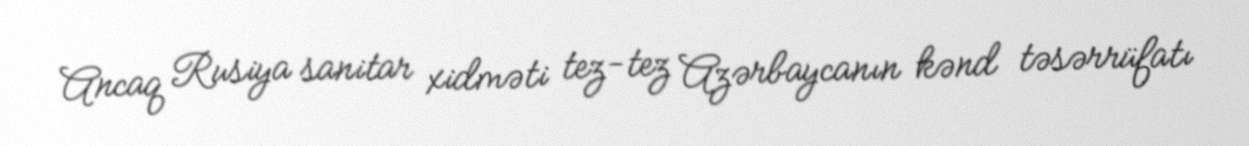
Ancaq Rusiya sanitar xidməti tez-tez Azərbaycanın kənd təsərrüfatı